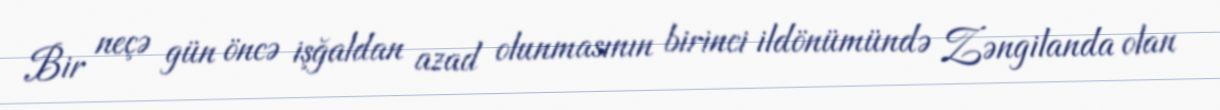
Bir neçə gün öncə işğaldan azad olunmasının birinci ildönümündə Zəngilanda olan